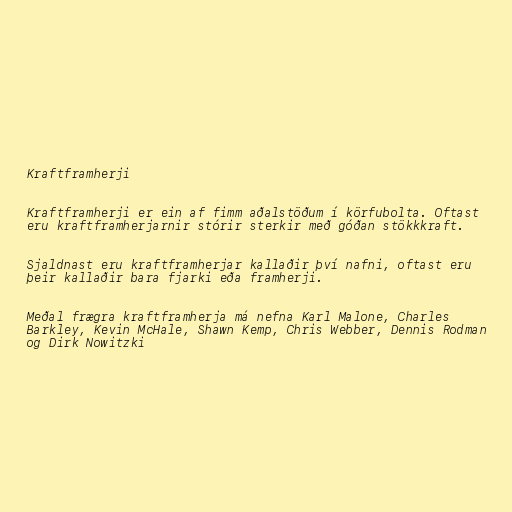
Kraftframherji

Kraftframherji er ein af fimm aðalstöðum í körfubolta. Oftast
eru kraftframherjarnir stórir sterkir með góðan stökkkraft.

Sjaldnast eru kraftframherjar kallaðir því nafni, oftast eru
þeir kallaðir bara fjarki eða framherji.

Meðal frægra kraftframherja má nefna Karl Malone, Charles
Barkley, Kevin McHale, Shawn Kemp, Chris Webber, Dennis Rodman
og Dirk Nowitzki